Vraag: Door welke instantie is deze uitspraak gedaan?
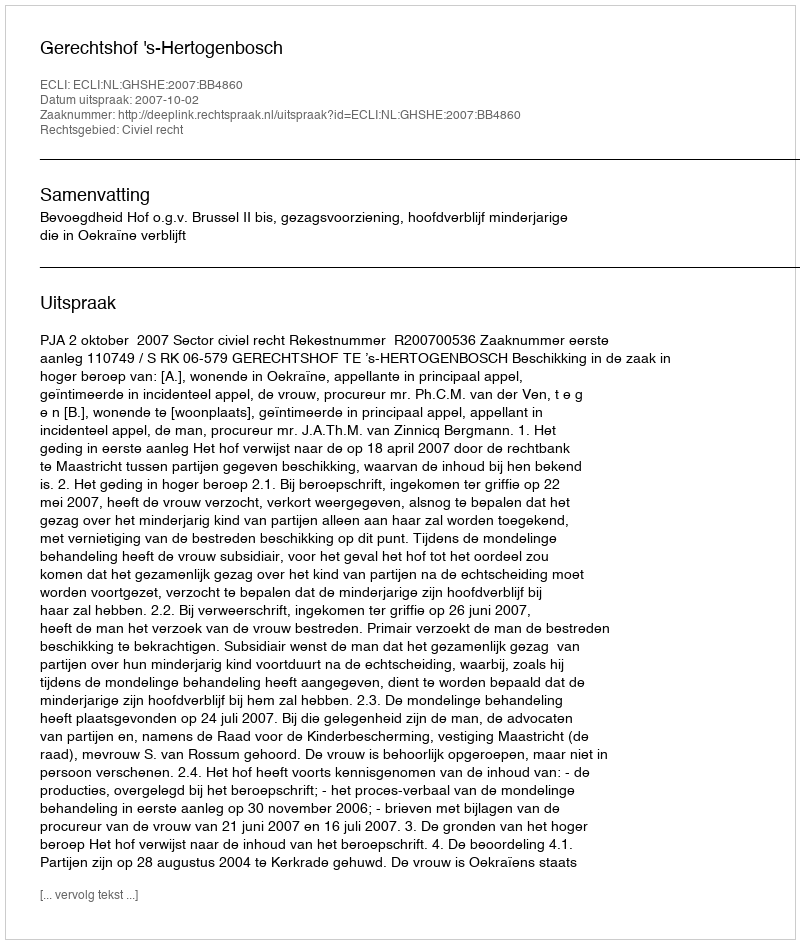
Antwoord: Gerechtshof 's-Hertogenbosch